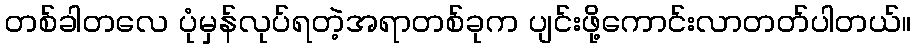
တစ်ခါတလေ ပုံမှန်လုပ်ရတဲ့အရာတစ်ခုက ပျင်းဖို့ကောင်းလာတတ်ပါတယ်။